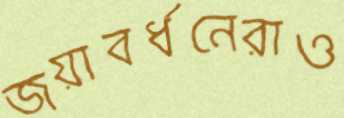
জয়াবর্ধনেরাও